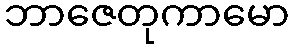
ဘာဇေတုကာမော